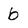
Character: b